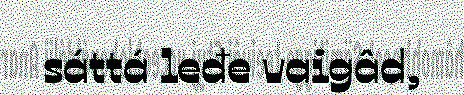
sáttá leđe vaigâd,